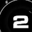
Digit: 2